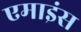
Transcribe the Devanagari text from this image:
एमाइंस